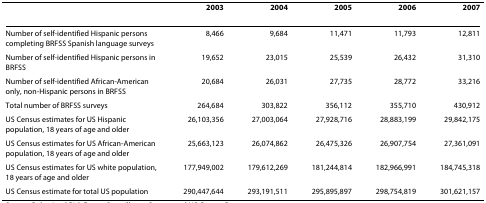
<table><thead><tr><td></td><td><b>2003</b></td><td><b>2004</b></td><td><b>2005</b></td><td><b>2006</b></td><td><b>2007</b></td></tr></thead><tbody><tr><td>Number of self-identified Hispanic persons completing BRFSS Spanish language surveys</td><td>8,466</td><td>9,684</td><td>11,471</td><td>11,793</td><td>12,811</td></tr><tr><td>Number of self-identified Hispanic persons in BRFSS</td><td>19,652</td><td>23,015</td><td>25,539</td><td>26,432</td><td>31,310</td></tr><tr><td>Number of self-identified African-American only, non-Hispanic persons in BRFSS</td><td>20,684</td><td>26,031</td><td>27,735</td><td>28,772</td><td>33,216</td></tr><tr><td>Total number of BRFSS surveys</td><td>264,684</td><td>303,822</td><td>356,112</td><td>355,710</td><td>430,912</td></tr><tr><td>US Census estimates for US Hispanic population, 18 years of age and older</td><td>26,103,356</td><td>27,003,064</td><td>27,928,716</td><td>28,883,199</td><td>29,842,175</td></tr><tr><td>US Census estimates for US African-American population, 18 years of age and older</td><td>25,663,123</td><td>26,074,862</td><td>26,475,326</td><td>26,907,754</td><td>27,361,091</td></tr><tr><td>US Census estimates for US white population, 18 years of age and older</td><td>177,949,002</td><td>179,612,269</td><td>181,244,814</td><td>182,966,991</td><td>184,745,318</td></tr><tr><td>US Census estimate for total US population</td><td>290,447,644</td><td>293,191,511</td><td>295,895,897</td><td>298,754,819</td><td>301,621,157</td></tr></tbody></table>